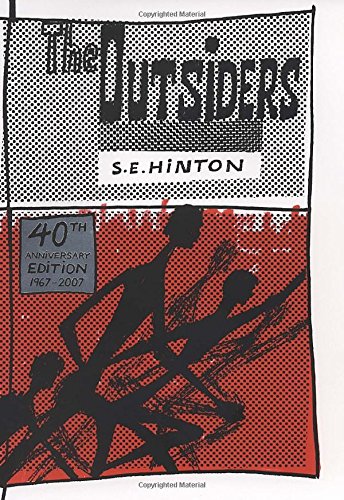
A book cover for The Outsiders 40th Anniversary edition; SE Hinton; Teen & Young Adult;